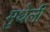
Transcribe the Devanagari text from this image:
मुधेली